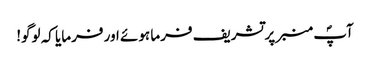
آپؐ منبر پر تشریف فرما ہوئے اور فرمایا کہ لوگو!